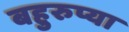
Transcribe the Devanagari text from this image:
बहुरुप्या